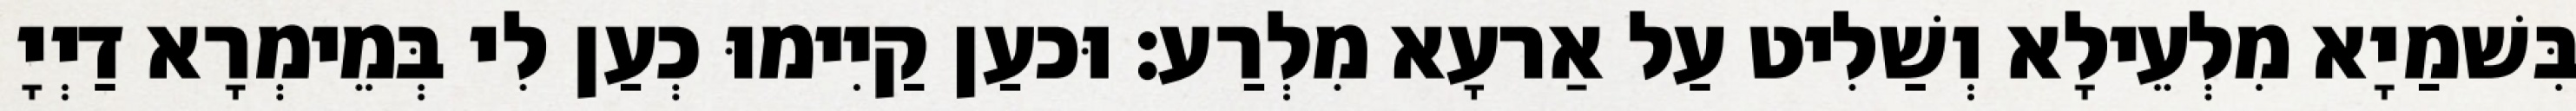
בִּשׁמַיָא מִלְעֵילָא וְשַׁלִיט עַל אַרעָא מִלְרַע׃ וּכעַן קַיִימוּ כְעַן לִי בְּמֵימְרָא דַיְיָ